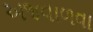
અજવાળવા